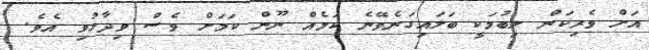
އަށް ވެރިކަން ލިބުމަކީ ބަލައިގަނެވޭނެ ކަމެއް ނޫން ކަމަށް ވެސް ވިދާޅުވި އެވެ.